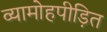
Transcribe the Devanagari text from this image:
व्यामोहपीड़ित